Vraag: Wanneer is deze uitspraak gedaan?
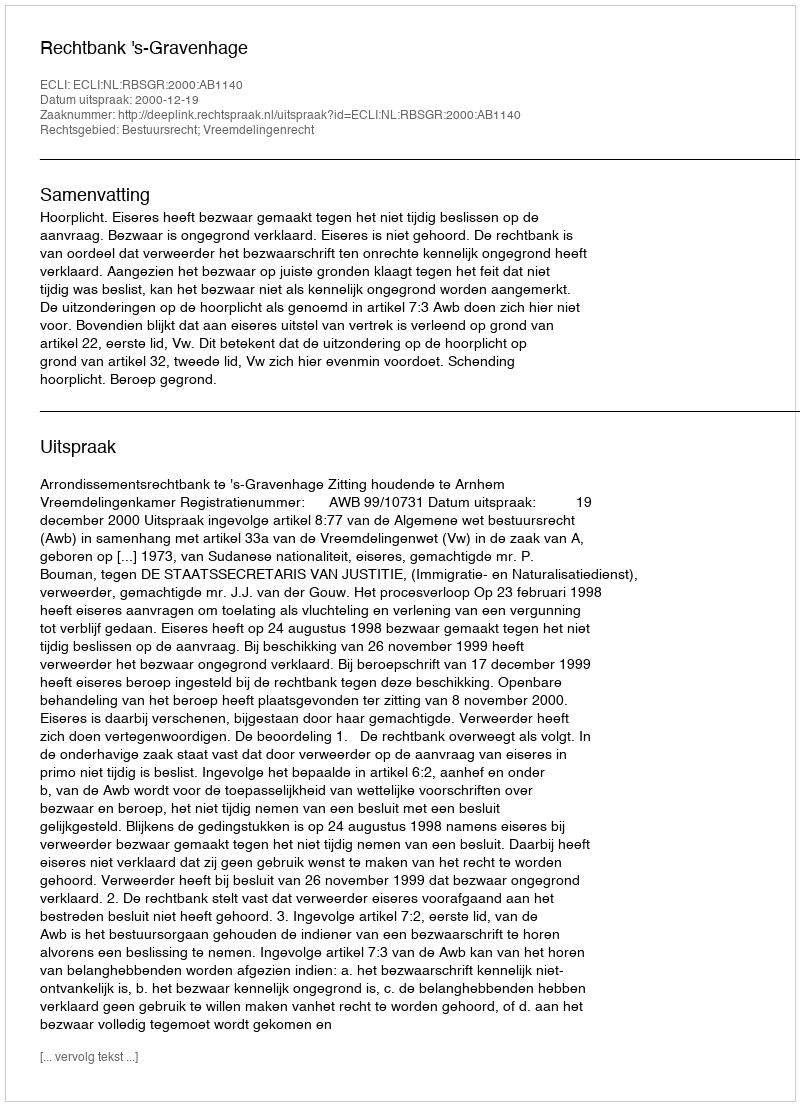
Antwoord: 2000-12-19